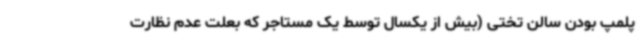
پلمپ بودن سالن تختی (بیش از یکسال توسط یک مستاجر که بعلت عدم نظارت